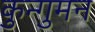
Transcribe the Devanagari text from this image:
कुन्गुमन